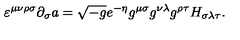
\varepsilon ^ { \mu \nu \rho \sigma } \partial _ { \sigma } a = \sqrt { - g } e ^ { - \eta } g ^ { \mu \sigma } g ^ { \nu \lambda } g ^ { \rho \tau } H _ { \sigma \lambda \tau } .